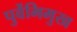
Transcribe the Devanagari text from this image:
पुर्वेभिमुख